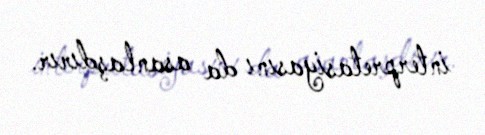
interpretasiyasını da asanlaşdırır.